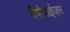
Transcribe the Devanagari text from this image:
वैपोराईज़र